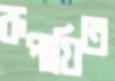
রূপায়িত